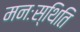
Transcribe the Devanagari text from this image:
मनःस्‍थिति